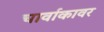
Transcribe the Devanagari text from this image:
चार्वाकावर